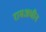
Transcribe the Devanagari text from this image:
रामअधीन